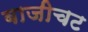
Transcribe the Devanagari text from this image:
बाजीचट